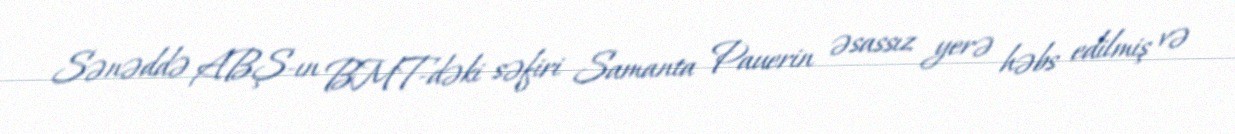
Sənəddə ABŞ-ın BMT-dəki səfiri Samanta Pauerin əsassız yerə həbs edilmiş və